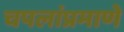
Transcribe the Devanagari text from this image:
चपलांप्रमाणे